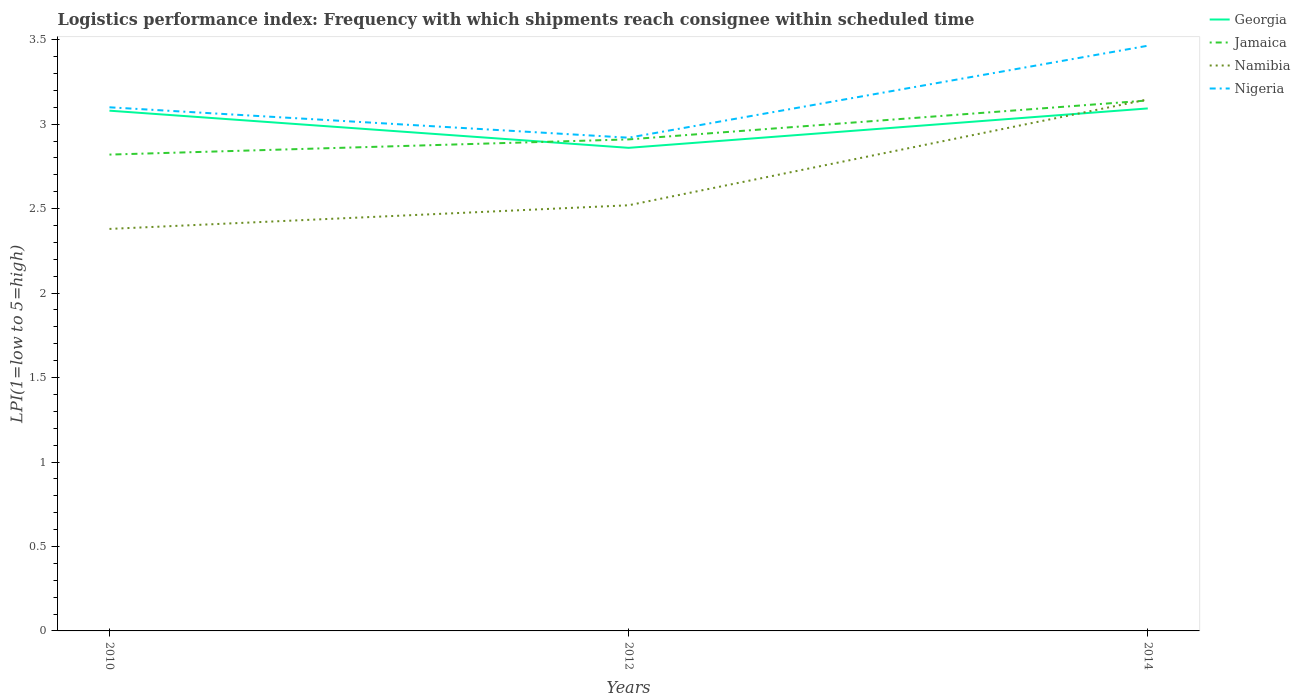
| Years | Georgia | Jamaica | Namibia | Nigeria |
 | --- | --- | --- | --- | --- |
 | 2010 | 3.08 | 2.82 | 2.38 | 3.1 |
 | 2012 | 2.86 | 2.91 | 2.52 | 2.92 |
 | 2014 | 3.09 | 3.14 | 3.15 | 3.46 |